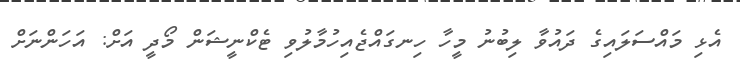
އެޅި މައްސަލައިގެ ދައުވާ ލިބުނު މީހާ ހިނގައްޖެއިހުމާލުވި ޓެކްނީޝަން މޯދީ އަށް: އަހަންނަށް